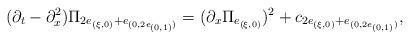
LaTeX: \begin{align*}(\partial_t - \partial_x^2)\Pi_{2e_{(\xi,0)} + e_{(0, 2e_{(0,1)})}} = (\partial_x \Pi_{e_{(\xi,0)}} )^2 + c_{2e_{(\xi,0)} + e_{(0, 2e_{(0,1)})}},\end{align*}